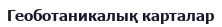
Геоботаникалық карталар